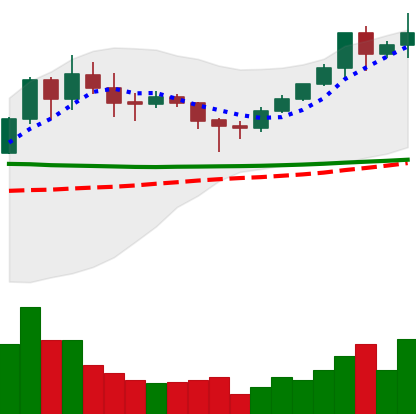
Ticker: XMR-USD
Chart end date: 2020-02-02
Forward return: 6.031%
Label: up_5_7